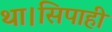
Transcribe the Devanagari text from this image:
था।सिपाही